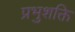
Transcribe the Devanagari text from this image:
प्रभुशक्ति